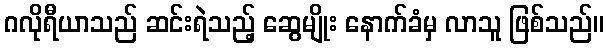
ဂလိုရီယာသည် ဆင်းရဲသည့် ဆွေမျိုး နောက်ခံမှ လာသူ ဖြစ်သည်။